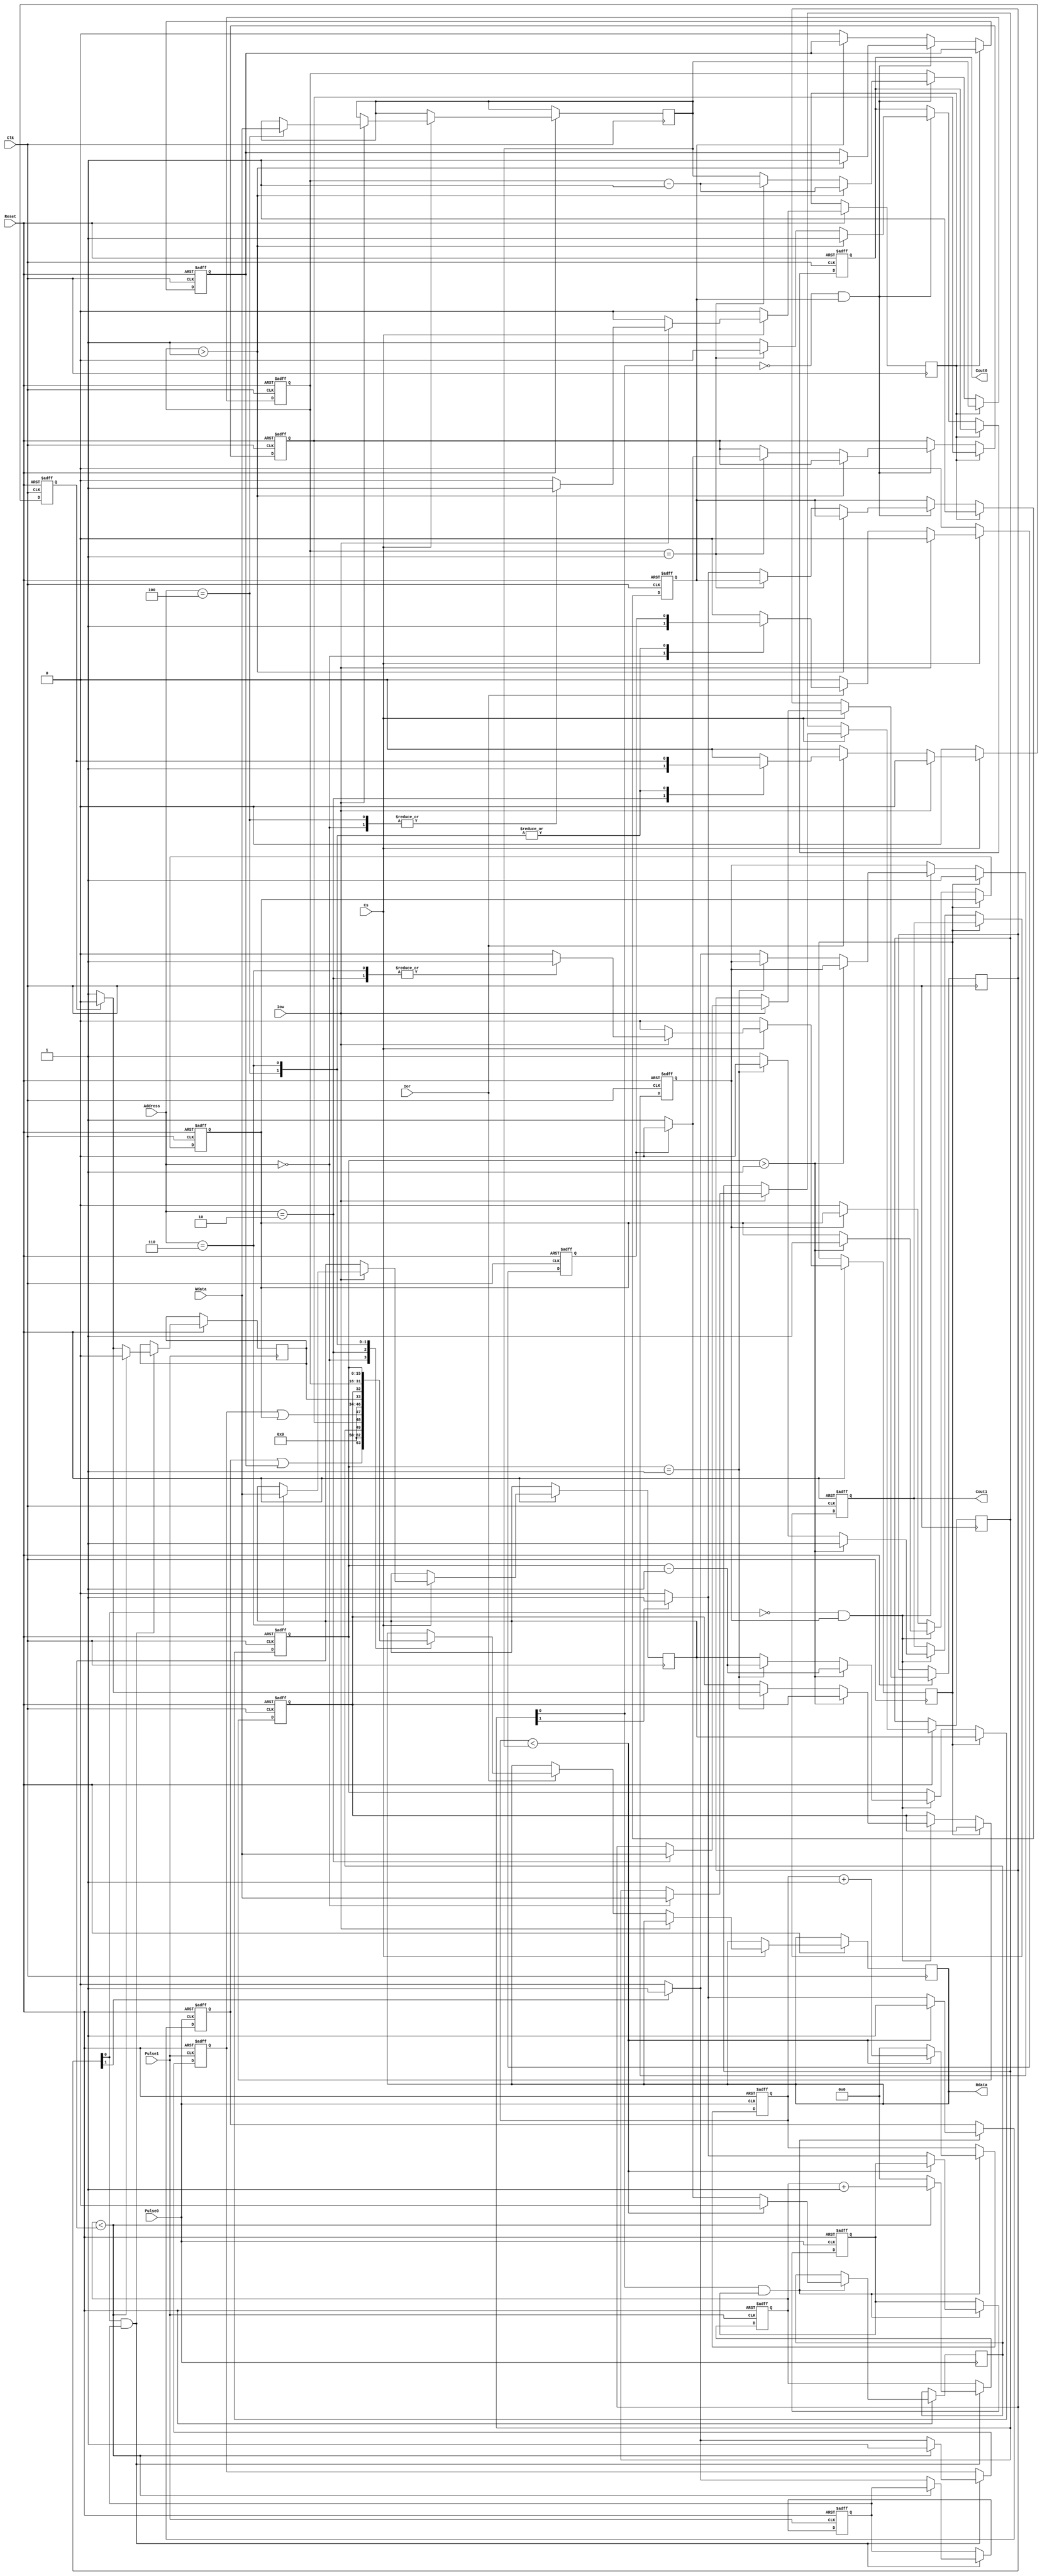
module dev_timer(
input Reset,input [2:0] Address,input Cs,input Clk,input Iow,input Ior ,input [15:0] Wdata, output [15:0] Rdata,input Pulse0 ,input Pulse1,output Cout0,output Cout1
/*output [15:0] state_reg0,output [15:0] function_reg0,output [15:0] cur_value_reg0,output [15:0] cur_cnt_value_reg0,output run_one_period0,output refresh_reg0*/
);

    reg [15:0] Rdata;
    reg Cout0;
    reg Cout1;
    
    //0号定时器定义
    reg [15:0] target_counter_reg0;//0号定时器 初值寄存器
    wire [15:0] state_reg0;//0号定时器 状态寄存器
    reg [15:0] function_reg0;//0号定时器 方式寄存器
    reg [15:0] cur_value_reg0;//0号定时器 当前计数值
    reg timer0_mode;//表示0号定时器当前工作方式 0表示计数  1表示定时
    reg [15:0] cur_cnt_value_reg0; // 0号定时器的计数寄存器
    reg run_one_period0 = 1; //控制一次循环后计时是否继续 如果一次循环不继续的话 该bit为0
    reg state0_wire_15Cnt=0;
    reg state0_wire_15Timer=0;
    wire state0_wire_15;
    reg state0_wire_1=0;
    reg state0_wire_0=0;
    assign state0_wire_15 = state0_wire_15Cnt | state0_wire_15Timer; //15号工作状态指示位
    assign state_reg0[15:0] = {state0_wire_15,13'd0,state0_wire_1,state0_wire_0};
    reg refresh_reg0;
    reg keep_on_cnt_reg0 = 1;
    reg timer0_read=0;
    //结束0号定时器定义
    
    
    //1号定时器定义
    reg [15:0] target_counter_reg1;//0号定时器 初值寄存器
    wire [15:0] state_reg1;//0号定时器 状态寄存器
    reg [15:0] function_reg1;//0号定时器 方式寄存器
    reg [15:0] cur_value_reg1;//0号定时器 当前计数值
    reg timer1_mode;//表示0号定时器当前工作方式 0表示计数  1表示定时
    reg [15:0] cur_cnt_value_reg1; // 0号定时器的计数寄存器
    reg run_one_period1 = 1; //控制一次循环后计时是否继续 如果一次循环不继续的话 该bit为0
    reg state1_wire_15Cnt=0;
    reg state1_wire_15Timer=0;
    wire state1_wire_15;
    reg state1_wire_1=0;
    reg state1_wire_0=0;
    assign state1_wire_15 = state1_wire_15Cnt | state1_wire_15Timer; //15号工作状态指示位
    assign state_reg1[15:0] = {state1_wire_15,13'd0,state1_wire_1,state1_wire_0};
    reg refresh_reg1;
    reg keep_on_cnt_reg1 = 1;
    reg timer1_read=0;
    //结束1号定时器定义
    
    always @(posedge Clk or negedge Reset) //要考虑时钟边沿因素 我这里暂时没有考虑
    begin
        if(Reset==0)
        begin
                timer0_read = 0;
                timer1_read = 0;
            end
        else if(Cs==1'b1)//选中外设
        begin
            if(Iow==1'b1)//写寄存器操作
                begin
                    timer0_read = 0;
                    timer1_read = 0;
                    case(Address[2:0])
                        3'b000: begin
                                    function_reg0[15:0] = Wdata[15:0]; //写0号定时器的方式寄存器
                                    refresh_reg0 = 1;
                                    refresh_reg1 = 0;
                                                                        //这里会有潜在的bug  如果设定为不循环模式 那么一次工作完成后将会无法开启第二次工作
                                    //需要在这里每次检测到写方式寄存器的时候进行 使能工作位 keep_on_xx_reg0 为1 可以用一个或门
                                    //需要在这里每次检测到写方式寄存器的时候进行 使能工作位 keep_on_xx_reg0 为1 可以用一个或门
                                end
                        3'b010: begin
                                    function_reg1[15:0] = Wdata[15:0]; //写1号定时器的方式寄存器
                                    refresh_reg0 = 0;
                                    refresh_reg1 = 1;
                                end
                        3'b100: begin
                                    target_counter_reg0[15:0] = Wdata[15:0] ; //写0号定时器的初值寄存器
                                    refresh_reg0 = 1;
                                    refresh_reg1 = 0;
                                end
                        3'b110: begin
                                    target_counter_reg1[15:0] = Wdata[15:0] ; //写1号定时器的初值寄存器
                                    refresh_reg0 = 0;
                                    refresh_reg1 = 1;
                                end
                        default:
                                begin
                                    refresh_reg0 = 0;
                                    refresh_reg1 = 0;
                                end
                    endcase
                end
            else if(Ior == 1'b1)//读寄存器操作
                begin
                    refresh_reg0 = 0;
                    refresh_reg1 = 0;
                    case(Address[2:0])//判断寄存器地址
                        3'b000: begin //读定时器0的状态寄存器
                                      Rdata[15:0] = state_reg0[15:0] ; //读0号定时器的状态寄存器
                                      //state0_wire_1 = 0; state0_wire_0=0;//state_reg0[14:0] = 0;//读后清零寄存器 保留了最高位查看是否开始工作
                                      timer0_read = 1;
                                      timer1_read = 0;
                                end
                        3'b010: begin //读定时器1的状态寄存器
                                      Rdata[15:0] = state_reg1[15:0] ; //读1号定时器的状态寄存器
                                      //state1_wire_1 = 0; state1_wire_0=0;//读后清零寄存器 保留了最高位查看是否开始工作
                                      timer0_read = 0;                             
                                      timer1_read = 1;
                                end
                        3'b100:begin //读定时器0的当前值寄存器
                                      Rdata[15:0] = cur_value_reg0[15:0];
                               end
                        3'b110:begin //读定时器1的当前值寄存器
                                      Rdata[15:0] = cur_value_reg1[15:0];
                               end
                        default: begin
                                    timer0_read = 0;
                                    timer1_read = 0;
                                 end 
                    endcase
                end
            else 
                begin
                    timer0_read = 0;
                    timer1_read = 0;
                    refresh_reg0 = 0;
                    refresh_reg1 = 0;
                end
        end
        else begin
            timer0_read = 0;
            timer1_read = 0;
            refresh_reg0 = 0;
            refresh_reg1 = 0;
        end
    end

   
    always @(posedge Pulse0 or negedge Reset)//定时器0计数模式
    begin
        if(Reset == 1'b0)
            begin
                state0_wire_15Cnt = 1'b0;//正在运行指示位  
                cur_cnt_value_reg0[15:0] = 0;  
                keep_on_cnt_reg0 = 1;          
            end
        else//Pulse0 == 1'b1 
            begin
                if(function_reg0[0]==1'b1 && keep_on_cnt_reg0==1'b1)//出现一个脉冲 并且当前是计数模式
                begin
                    if( cur_cnt_value_reg0[15:0] < target_counter_reg0[15:0] )
                        begin
                            cur_cnt_value_reg0 = cur_cnt_value_reg0 + 1; //每来一次脉冲 进行自增
                            state0_wire_15Cnt = 1'b1;    //给工作状态位赋值1
                            state0_wire_1 = 0; //计数未到
                        end
                    else
                        begin
                            cur_cnt_value_reg0 = 0;
                            if(timer0_read==1'b0)//如果当前没有读过寄存器
                                state0_wire_1 = 1; //计数到
                            else 
                                state0_wire_1 = 0;

                            if(function_reg0[1] == 1'b0)//判断当前是否是循环模式
                                begin
                                    keep_on_cnt_reg0 = 0;
                                    state0_wire_15Cnt = 1'b0;//一次循环结束 没有下次循环 设定工作状态变为0
                                end
                            else
                                begin
                                    keep_on_cnt_reg0 = 1;
                                    state0_wire_15Cnt = 1'b1;//一次循环结束 还有下次循环 设定工作状态为1
                                end
                        end
                end
            end
     end

    
    always @(posedge Clk or negedge Reset)//定时器0 定时功能
    begin
        if(Reset == 1'b0)
            begin
                Cout0 = 1;//两个定时器缺省输出为高电平 当出现定时中断时低电平
                state0_wire_15Timer = 1'b0;//正在运行指示位
                state0_wire_0 = 1'b0;//定时到指示位
                run_one_period0 = 1;
                cur_value_reg0[15:0]=0;
            end
        else if(refresh_reg0 ==  1'b1)//刷新当前定时器的值
            begin
                cur_value_reg0[15:0]=target_counter_reg0[15:0];
                run_one_period0 = 1;
            end
        else
            begin
                if(function_reg0[0]==1'b0 && run_one_period0==1'b1) //方式寄存器0表示定时 1表示计数
                    begin
                        //定时器模式  计数器减一一直到1 然后设置状态位为1 cout输出一个低电平脉冲
                        if(cur_value_reg0[15:0]>16'd1)
                            begin
                                Cout0 = 1;
                                cur_value_reg0[15:0] = cur_value_reg0[15:0] - 1;
                                state0_wire_15Timer = 1'b1;//最高位为1 表示正在计数或者定时
                            end
                        else if(cur_value_reg0[15:0] == 16'd1)
                            begin
                                Cout0 = 0;//输出一个低电平
                                cur_value_reg0[15:0] = cur_value_reg0[15:0] - 1;
                                if(timer0_read==1'b0)//如果当前没有读过寄存器
                                    state0_wire_0 = 1'b1;//最低位设置为1 表示定时到
                                else 
                                    state0_wire_0 = 1'b0;
                            end
                        else
                            begin
                                Cout0 = 1;
                                cur_value_reg0[15:0] = target_counter_reg0[15:0];//将初值寄存器的值给当前值寄存器
                                //state0_wire_0 = 1'b0;//保持0bit为1 表示上一次计数完成
                                if(function_reg0[1]==1'b0)
                                    run_one_period0 = 1'b0;//只运行一次就停止
                                else
                                    run_one_period0 = 1'b1;//继续循环运行
                            end
                    end
                 else if(run_one_period0 == 1'b0)//run_one_period0 == 0 表示不再运行了
                    begin
                        state0_wire_15Timer = 1'b0;//表示目前不在运行
                    end
            end
    end

    always @(posedge Pulse1 or negedge Reset)//定时器1计数模式
    begin
        if(Reset == 1'b0)
            begin
                state1_wire_15Cnt = 1'b0;//正在运行指示位  
                cur_cnt_value_reg1[15:0] = 0;  
                keep_on_cnt_reg1 = 1;        
            end
        else//Pulse0 == 1'b1 
            begin
                if(function_reg1[0]==1'b1 && keep_on_cnt_reg1==1'b1)//出现一个脉冲 并且当前是计数模式
                begin
                    if( cur_cnt_value_reg1[15:0] < target_counter_reg1[15:0] )
                        begin
                            cur_cnt_value_reg1 = cur_cnt_value_reg1 + 1; //每来一次脉冲 进行自增
                            state1_wire_15Cnt = 1'b1;    //给工作状态位赋值1
                            state1_wire_1 = 0; //计数未到
                        end
                    else
                        begin
                            cur_cnt_value_reg1 = 0;
                            if(timer1_read == 1'b0)
                                state1_wire_1 = 1; //计数到
                            else
                                state1_wire_1 = 0;

                            if(function_reg1[1] == 1'b0)//判断当前是否是循环模式
                                begin
                                    keep_on_cnt_reg1 = 0;
                                    state1_wire_15Cnt = 1'b0;//一次循环结束 没有下次循环 设定工作状态变为0
                                end
                            else
                                begin
                                    keep_on_cnt_reg1 = 1;
                                    state1_wire_15Cnt = 1'b1;//一次循环结束 还有下次循环 设定工作状态为1
                                end
                        end
                end
            end
     end

    
    always @(posedge Clk or negedge Reset)//定时器1 定时功能
    begin
        if(Reset == 1'b0)
            begin
                Cout1 = 1;//两个定时器缺省输出为高电平 当出现定时中断时低电平
                state1_wire_15Timer = 1'b0;//正在运行指示位
                state1_wire_0 = 1'b0;//定时到指示位
                run_one_period1 = 1;
                cur_value_reg1[15:0]=0;
            end
        else if(refresh_reg1 ==  1'b1)//刷新当前定时器的值
            begin
                cur_value_reg1[15:0]=target_counter_reg1[15:0];
                run_one_period1 = 1;
            end
        else
            begin
                if(function_reg1[0]==1'b0 && run_one_period1==1'b1) //方式寄存器0表示定时 1表示计数
                    begin
                        //定时器模式  计数器减一一直到1 然后设置状态位为1 cout输出一个低电平脉冲
                        if(cur_value_reg1[15:0]>16'd1)
                            begin
                                Cout1 = 1;
                                cur_value_reg1[15:0] = cur_value_reg1[15:0] - 1;
                                state1_wire_15Timer = 1'b1;//最高位为1 表示正在计数或者定时
                            end
                        else if(cur_value_reg1[15:0] == 16'd1)
                            begin
                                Cout1 = 0;//输出一个低电平
                                cur_value_reg1[15:0] = cur_value_reg1[15:0] - 1;
                                if(timer1_read==1'b0)   
                                    state1_wire_0 = 1'b1;//最低位设置为1 表示定时到
                                else 
                                    state1_wire_0 = 1'b0;
                            end
                        else
                            begin
                                Cout1 = 1;
                                cur_value_reg1[15:0] = target_counter_reg1[15:0];//将初值寄存器的值给当前值寄存器
                                //state0_wire_0 = 1'b0;//保持0bit为1 表示上一次计数完成
                                if(function_reg1[1]==1'b0)
                                    run_one_period1 = 1'b0;//只运行一次就停止
                                else
                                    run_one_period1 = 1'b1;//继续循环运行
                            end
                    end
                 else if(run_one_period1 == 1'b0)//run_one_period0 == 0 表示不再运行了
                    begin
                        state1_wire_15Timer = 1'b0;//表示目前不在运行
                    end
            end
    end



endmodule